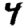
Digit: 4